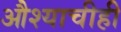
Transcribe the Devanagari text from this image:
औश्याचीही